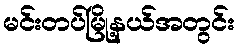
မင်းတပ်မြို့နယ်အတွင်း